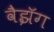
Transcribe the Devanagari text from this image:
वैझॅग